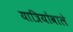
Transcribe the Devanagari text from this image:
यात्रियोंवाले